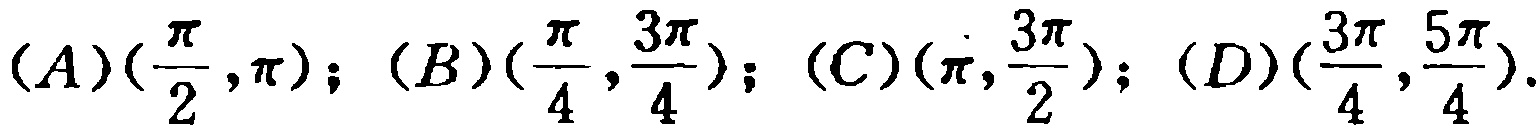
$(A)(\frac{\pi}{2},\pi);(B)(\frac{\pi}{4},\frac{3\pi}{4});(C)(\pi,\frac{3\pi}{2});(D)(\frac{3\pi}{4},\frac{5\pi}{4}).$